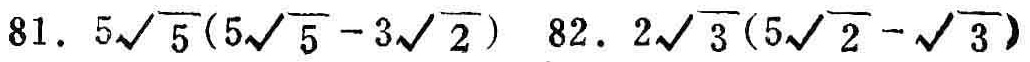
81. \(5\sqrt{5}(5\sqrt{5} - 3\sqrt{2})\) 82. \(2\sqrt{3}(5\sqrt{2}-\sqrt{3})\)